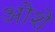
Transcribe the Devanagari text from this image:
ओशे